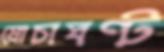
মোচাঘণ্ট